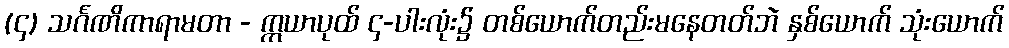
(၄) သင်္ဂဏိကာရာမတာ - ဣယာပုထ် ၄-ပါးလုံး၌ တစ်ယောက်တည်းမနေတတ်ဘဲ နှစ်ယောက် သုံးယောက်